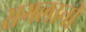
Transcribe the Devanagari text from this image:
सगलानी